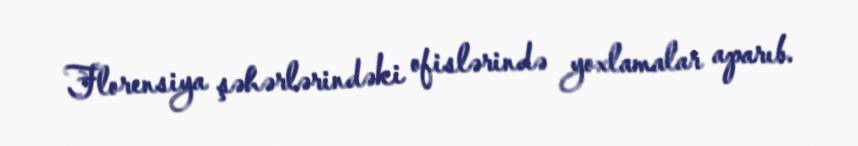
Florensiya şəhərlərindəki ofislərində yoxlamalar aparıb.